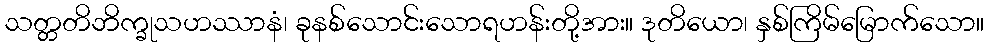
သတ္တတိဘိက္ခုသဟဿာနံ၊ ခုနစ်သောင်းသောရဟန်းတို့အား။ ဒုတိယော၊ နှစ်ကြိမ်မြောက်သော။